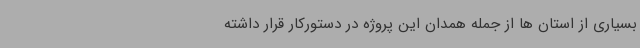
بسیاری از استان ها از جمله همدان این پروژه در دستورکار قرار داشته